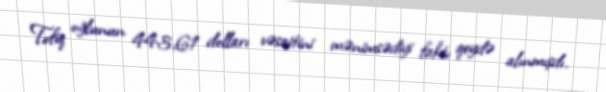
Tofiq oğlunun 443,61 dolları vəsaitini mənimsədiyi faktı qeydə alınmışdı.